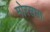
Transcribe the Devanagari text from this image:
मोरसभा